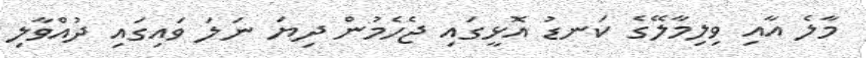
މާލެ އާއި ވިލިމާލޭގެ ކަނޑު އޮޅީގައި ޖެހެމުން ދިޔަ ނަލަ ވައިގައި ދުއްވާލި